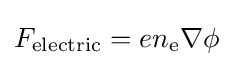
F_{\rm {electric}}=en_{\text{e}}\nabla \phi